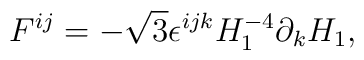
F^{ij}=-\sqrt{3}\epsilon^{ijk}H_1^{-4}\partial_{k}H_1,